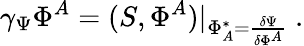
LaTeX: \gamma_{\Psi}\Phi^{A}=(S,\Phi^{A})|_{\Phi_{A}^{*}=\frac{\delta\Psi}{\delta\Phi^{A}}}\mathrm{~.}